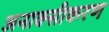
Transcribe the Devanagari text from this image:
अनाक्सीकरण